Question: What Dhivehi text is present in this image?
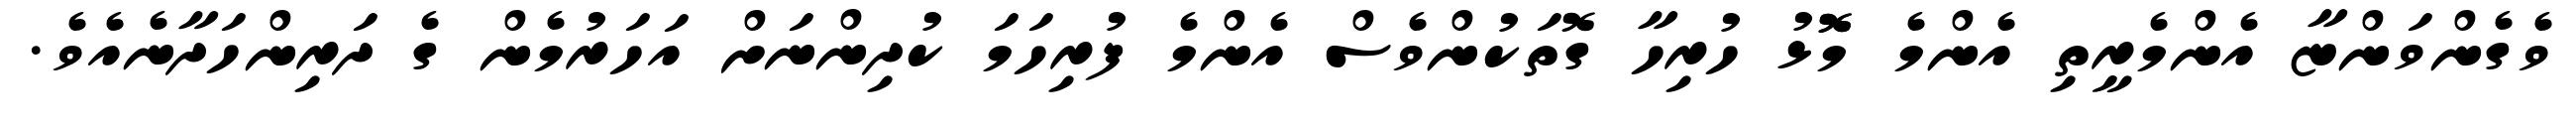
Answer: ވެގެންވަންޏާ އެންމެރީތި އެންމެ މޮޮޅު ހުރިހާ ގޮތަކުންވެސް އެންމެ ފުރިހަމަ ކުދިންނަށް އަހަރުމެން ގެ ދަރިންހަދާނެއެވެ.